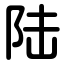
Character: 陆